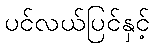
ပင်လယ်ပြင်နှင့်